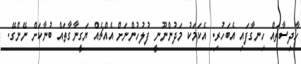
ހާދިސާތައް ހިނގާފައި އެބަހުރި. އެކަމަކު މަދުންނޫނީ ފުލުހުންނަށް އެއްޗެއް ޔަގީނާގާތައް ބުނާކަށް ނޭންގޭ.